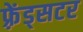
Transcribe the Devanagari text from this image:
फ़्रेंड्सटर